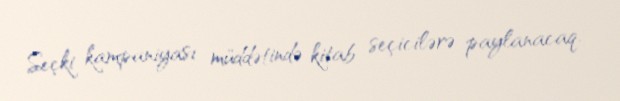
Seçki kampaniyası müddətində kitab seçicilərə paylanacaq.